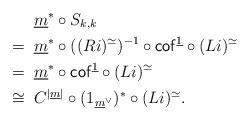
LaTeX: \begin{align*}&\underline{m}^*\circ S_{k,k}\\=\;\;&\underline{m}^*\circ ((Ri)^{\simeq})^{-1}\circ\mathsf{cof}^{\underline{1}}\circ(Li)^{\simeq}\\=\;\; &\underline{m}^*\circ \mathsf{cof}^{\underline{1}}\circ(Li)^{\simeq}\\\cong\;\;& C^{|\underline{m}|}\circ (1_{\underline{m}^\vee})^\ast\circ (Li)^\simeq.\end{align*}